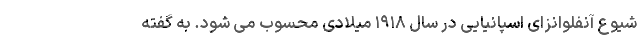
شیوع آنفلوانزای اسپانیایی در سال ۱۹۱۸ میلادی محسوب می شود. به گفته